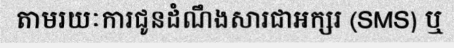
តាមរយៈការជូនដំណឹងសារជាអក្សរ (SMS) ឬ